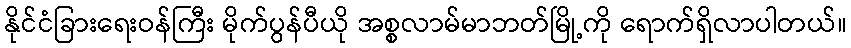
နိုင်ငံခြားရေးဝန်ကြီး မိုက်ပွန်ပီယို အစ္စလာမ်မာဘတ်မြို့ကို ရောက်ရှိလာပါတယ်။